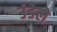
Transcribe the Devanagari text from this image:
उंडेले